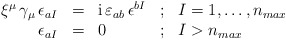
\begin{align*}\begin{array}{rclcl}\xi^\mu \, \gamma_\mu \,\epsilon_{aI} &=& \mbox{\rm i}\,\varepsilon_{ab}\, \epsilon^{bI} & ; & I=1,\dots,n_{max}\\\epsilon_{aI} &=& 0 &;& I > n_{max} \\\end{array}\end{align*}